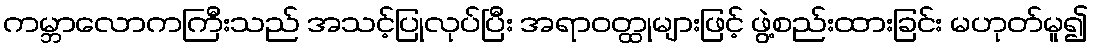
ကမ္ဘာလောကကြီးသည် အသင့်ပြုလုပ်ပြီး အရာဝတ္ထုများဖြင့် ဖွဲ့စည်းထားခြင်း မဟုတ်မူ၍